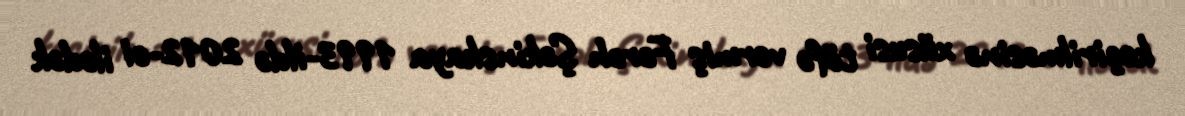
keçirilməsinə xüsusi töfə vermiş Fərəh Şəkinskaya 1993-ildə 2012-ci ilədək